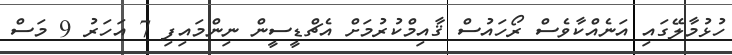
ހުޅުމާލޭގައި އަނެއްކާވެސް ރޯހައުސް ޤާއިމްކުރުމަށް އެޗްޑީސީން ނިންމައިފި 7 އަހަރު 9 މަސް